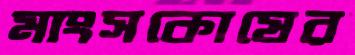
মাংসকোষের